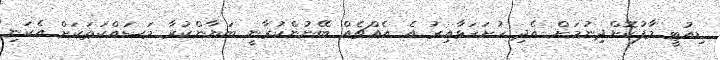
ޑިއުޓީ މާފުުކޮށްދިނުމަށް އެދި ހުށަހަޅާއިރު އެ އެއްޗެއް ބޭނުންކުރާނީ ބަޔާންކުރާ މަސައްކަތަކަށް އެކަނި